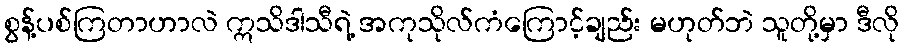
စွန့်ပစ်ကြတာဟာလဲ ဣသိဒါသီရဲ့ အကုသိုလ်ကံကြောင့်ချည်း မဟုတ်ဘဲ သူတို့မှာ ဒီလို